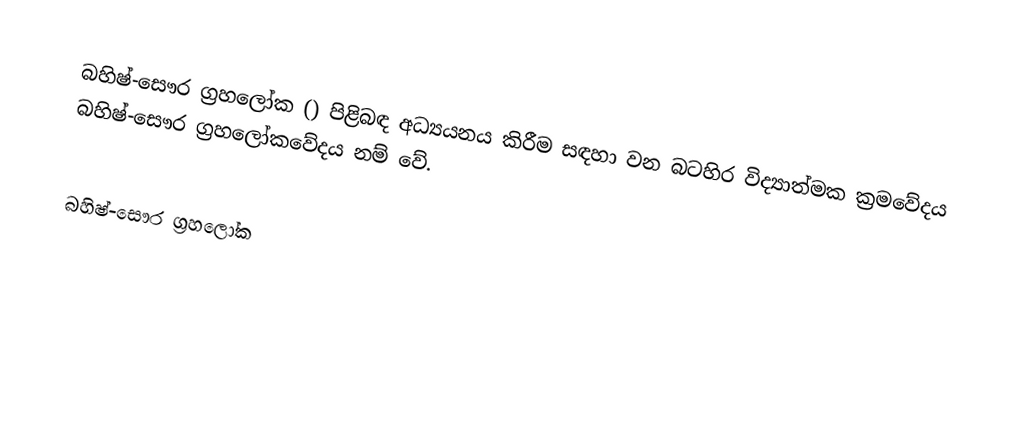
බහිෂ්-සෞර ග්‍රහලෝක () පිළිබඳ අධ්‍යයනය කිරීම සඳහා වන බටහිර විද්‍යාත්මක ක්‍රමවේදය බහිෂ්-සෞර ග්‍රහලෝකවේදය නම් වේ.

බහිෂ්-සෞර ග්‍රහලෝක